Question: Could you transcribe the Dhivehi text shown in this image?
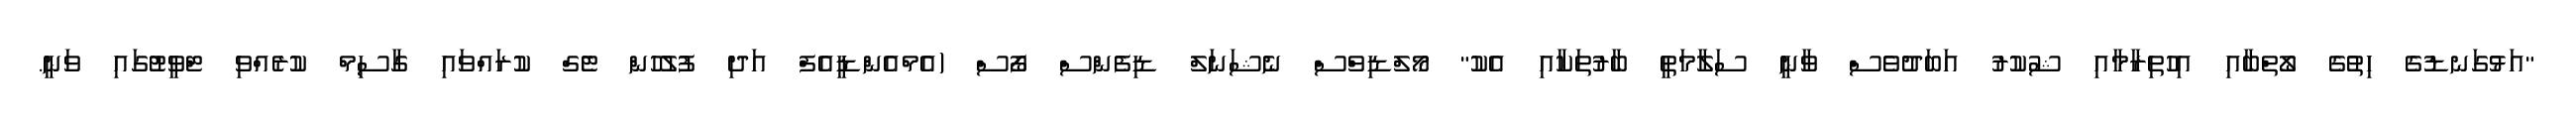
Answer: "އަޅުގަނޑުގެ ހިތުގެ ލޯތްބާއި އިހުތިރާމާއި ޝުކުރު އަބަދުވެސް ވާނީ ސަލާމަތީ ބާރުތަކާއި އެކު" މޯލްޑިވްސް ނެޝަނަލް ޑިފެންސް ފޯސް (އެމްއެންޑީއެފް އަދި ފުލުހުން ޓެގް ކުރައްވައި ގާސިމް ކުރެއްވި ޓްވީޓުގައި ވަނީ.